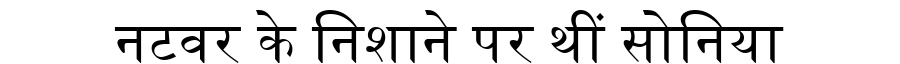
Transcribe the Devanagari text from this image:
नटवर के निशाने पर थीं सोनिया